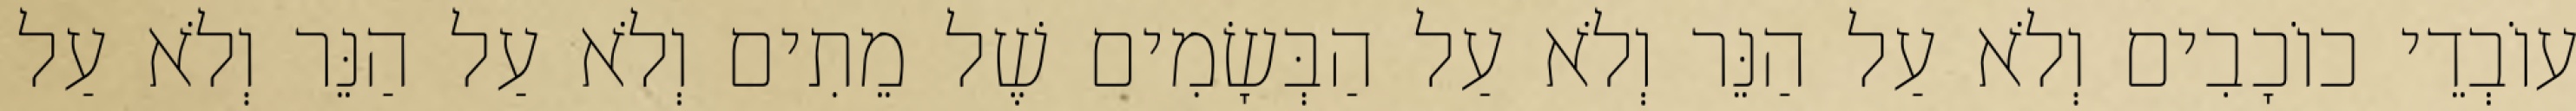
עוֹבְדֵי כוֹכָבִים וְלֹא עַל הַנֵּר וְלֹא עַל הַבְּשָׂמִים שֶׁל מֵתִים וְלֹא עַל הַנֵּר וְלֹא עַל